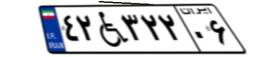
۴۲W۳۲۲۰۶